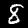
Label: 8